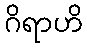
ဂိရာဟိ